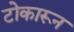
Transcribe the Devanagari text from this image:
टोकारून